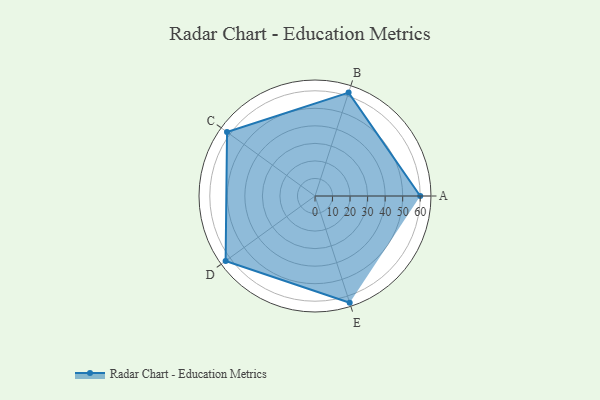
{"axis": {"x": "Skill", "y": "Score"}, "legend": ["Profile"], "data": [{"x": "A", "y": 60.0, "type": "Profile"}, {"x": "B", "y": 62.0, "type": "Profile"}, {"x": "C", "y": 62.0, "type": "Profile"}, {"x": "D", "y": 63.0, "type": "Profile"}, {"x": "E", "y": 64.0, "type": "Profile"}]}